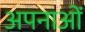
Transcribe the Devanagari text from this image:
अपनाओं